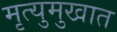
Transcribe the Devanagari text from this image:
मृत्युमुखात